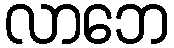
လာဘေ